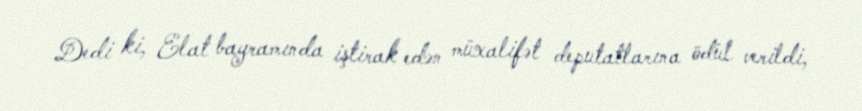
Dedi ki, Elat bayramında iştirak edən müxalifət deputatlarına ödül verildi,